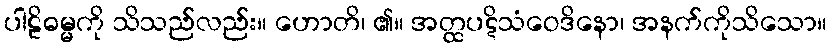
ပါဠိဓမ္မကို သိသည်လည်း။ ဟောတိ၊ ၏။ အတ္ထပဋိသံဝေဒိနော၊ အနက်ကိုသိသော။